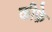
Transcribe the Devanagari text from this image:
कीफ़े